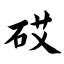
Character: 砹